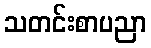
သတင်းစာပညာ